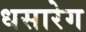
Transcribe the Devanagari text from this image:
धसारेग